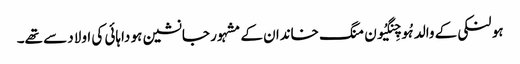
ہو لنکی کے والد ہُو چِنگیُون منگ خاندان کے مشہور جانشین ہو داہائی کی اولاد سے تھے۔